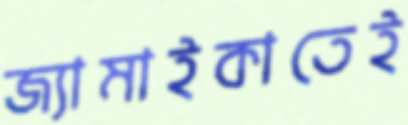
জ্যামাইকাতেই